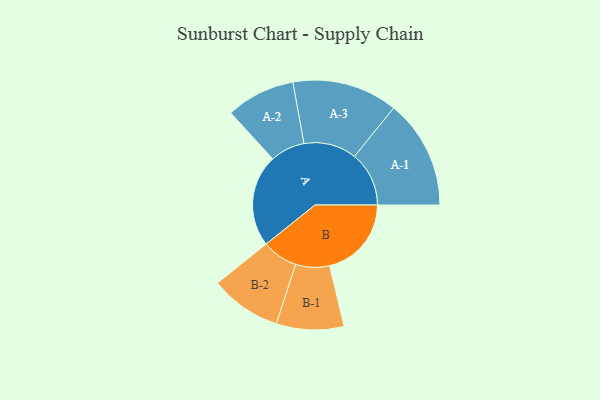
{"axis": {"x": "Segment", "y": "Value"}, "legend": ["", "A", "B"], "data": [{"x": "A", "y": 497, "type": ""}, {"x": "B", "y": 441, "type": ""}, {"x": "A-1", "y": 294, "type": "A"}, {"x": "A-2", "y": 186, "type": "A"}, {"x": "A-3", "y": 284, "type": "A"}, {"x": "B-1", "y": 182, "type": "B"}, {"x": "B-2", "y": 192, "type": "B"}]}